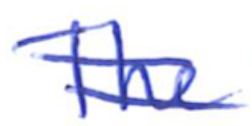
Text: The
Cross-out: double-line
Writing tool: ballpoint